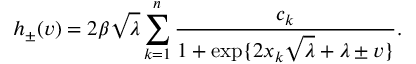
h _ { \pm } ( v ) = 2 \beta \sqrt { \lambda } \sum _ { k = 1 } ^ { n } \frac { c _ { k } } { 1 + \exp \{ 2 x _ { k } \sqrt { \lambda } + \lambda \pm v \} } .